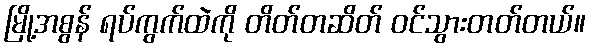
မြို့အစွန် ရပ်ကွက်ထဲကို တိတ်တဆိတ် ဝင်သွားတတ်တယ်။